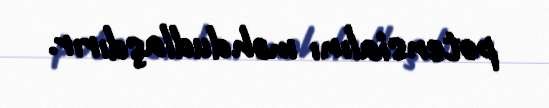
potensialını məhdudlaşdırır.